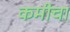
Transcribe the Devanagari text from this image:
कमीचा